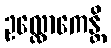
ဥလ္လောကေန္တိ